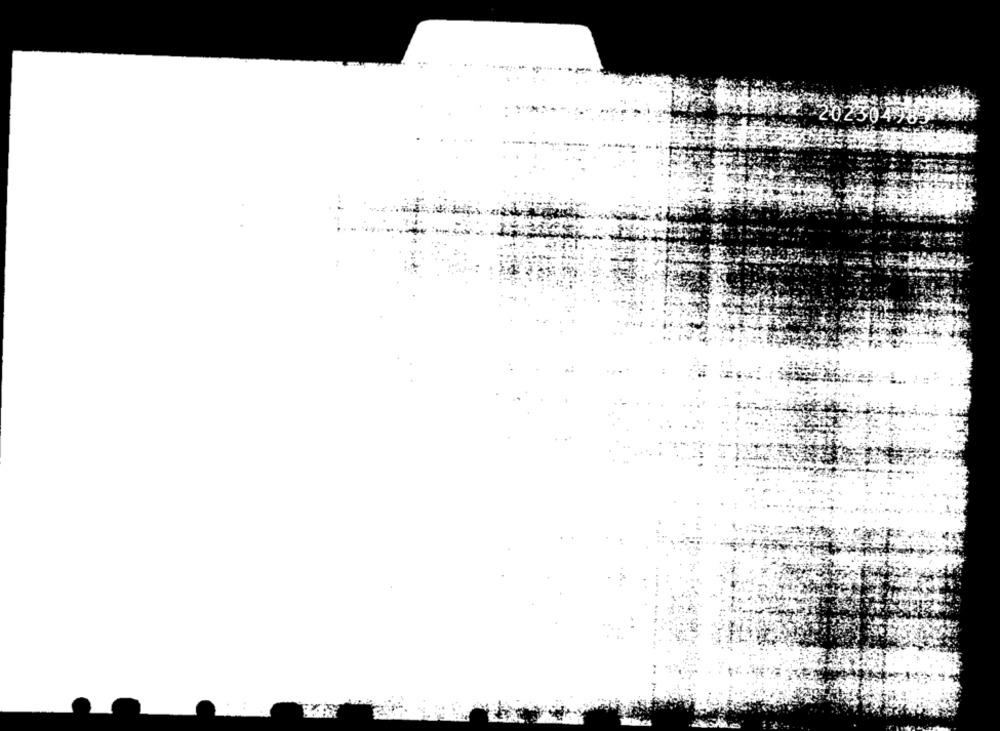
* 202304985